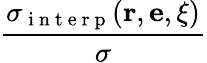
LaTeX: \frac{\sigma_{\mathrm{~i~n~t~e~r~p~}}(\mathbf{r},\mathbf{e},\mathbf{\xi})}{\sigma}